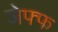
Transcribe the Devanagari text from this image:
जेफ्फ